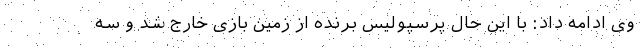
وی ادامه داد: با این حال پرسپولیس برنده از زمین بازی خارج شد و سه